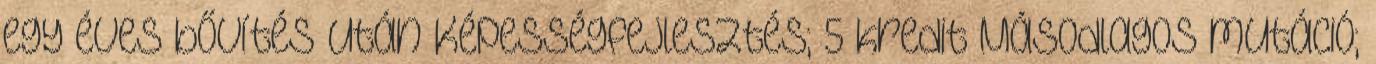
egy éves bővítés után Képességfejlesztés; 5 kredit Másodlagos mutáció;